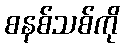
စနစ်သစ်ကို